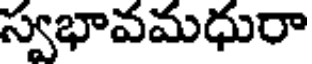
స్వభావమధురా